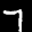
Label: 7